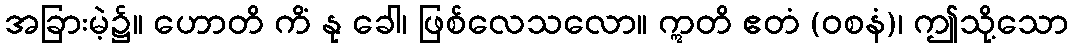
အခြားမဲ့၌။ ဟောတိ ကိံ နု ခေါ၊ ဖြစ်လေသလော။ ဣတိ ဧတံ (ဝစနံ)၊ ဤသို့သော